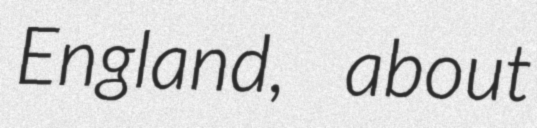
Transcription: England, about